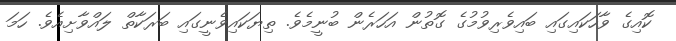
ކޮއިގެ ވާހަކައިގައި ބައިވެރިވުމުގެ ގޮތުން އަހަރެން ބުނީމެވެ. ތިޔަކައިވެނީގައި ބަރަކާތް ލައްވާށިއެވެ. ހަމަ